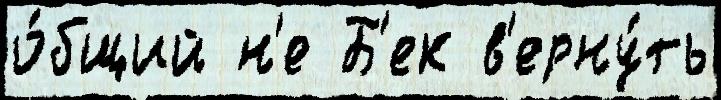
о́бщий н'е Б'ек в'ерну́ть